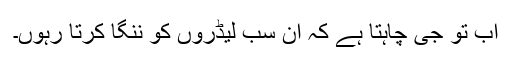
اب تو جی چاہتا ہے کہ ان سب لیڈروں کو ننگا کرتا رہوں۔